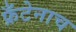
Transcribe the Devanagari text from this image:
फ्रँटेनाच